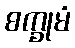
စက္ခုမံ